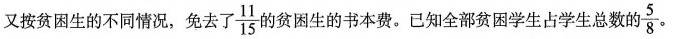
又按贫困生的不同情况，免去了 \frac{11}{15} 的贫困生的书本费。已知全部贫困学生占学生总数的 \frac{5}{8} .